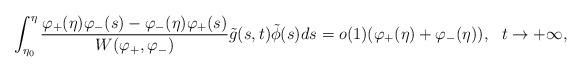
LaTeX: \begin{align*}\int_{\eta_{0}}^{\eta}\frac{\varphi_{+}(\eta)\varphi_{-}(s)-\varphi_{-}(\eta)\varphi_{+}(s)}{W(\varphi_{+},\varphi_{-})}\tilde{g}(s,t)\tilde{\phi}(s)ds=o(1)(\varphi_{+}(\eta)+\varphi_{-}(\eta)),~~t\rightarrow+\infty, \end{align*}